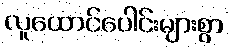
လူထောင်ပေါင်းများစွာ